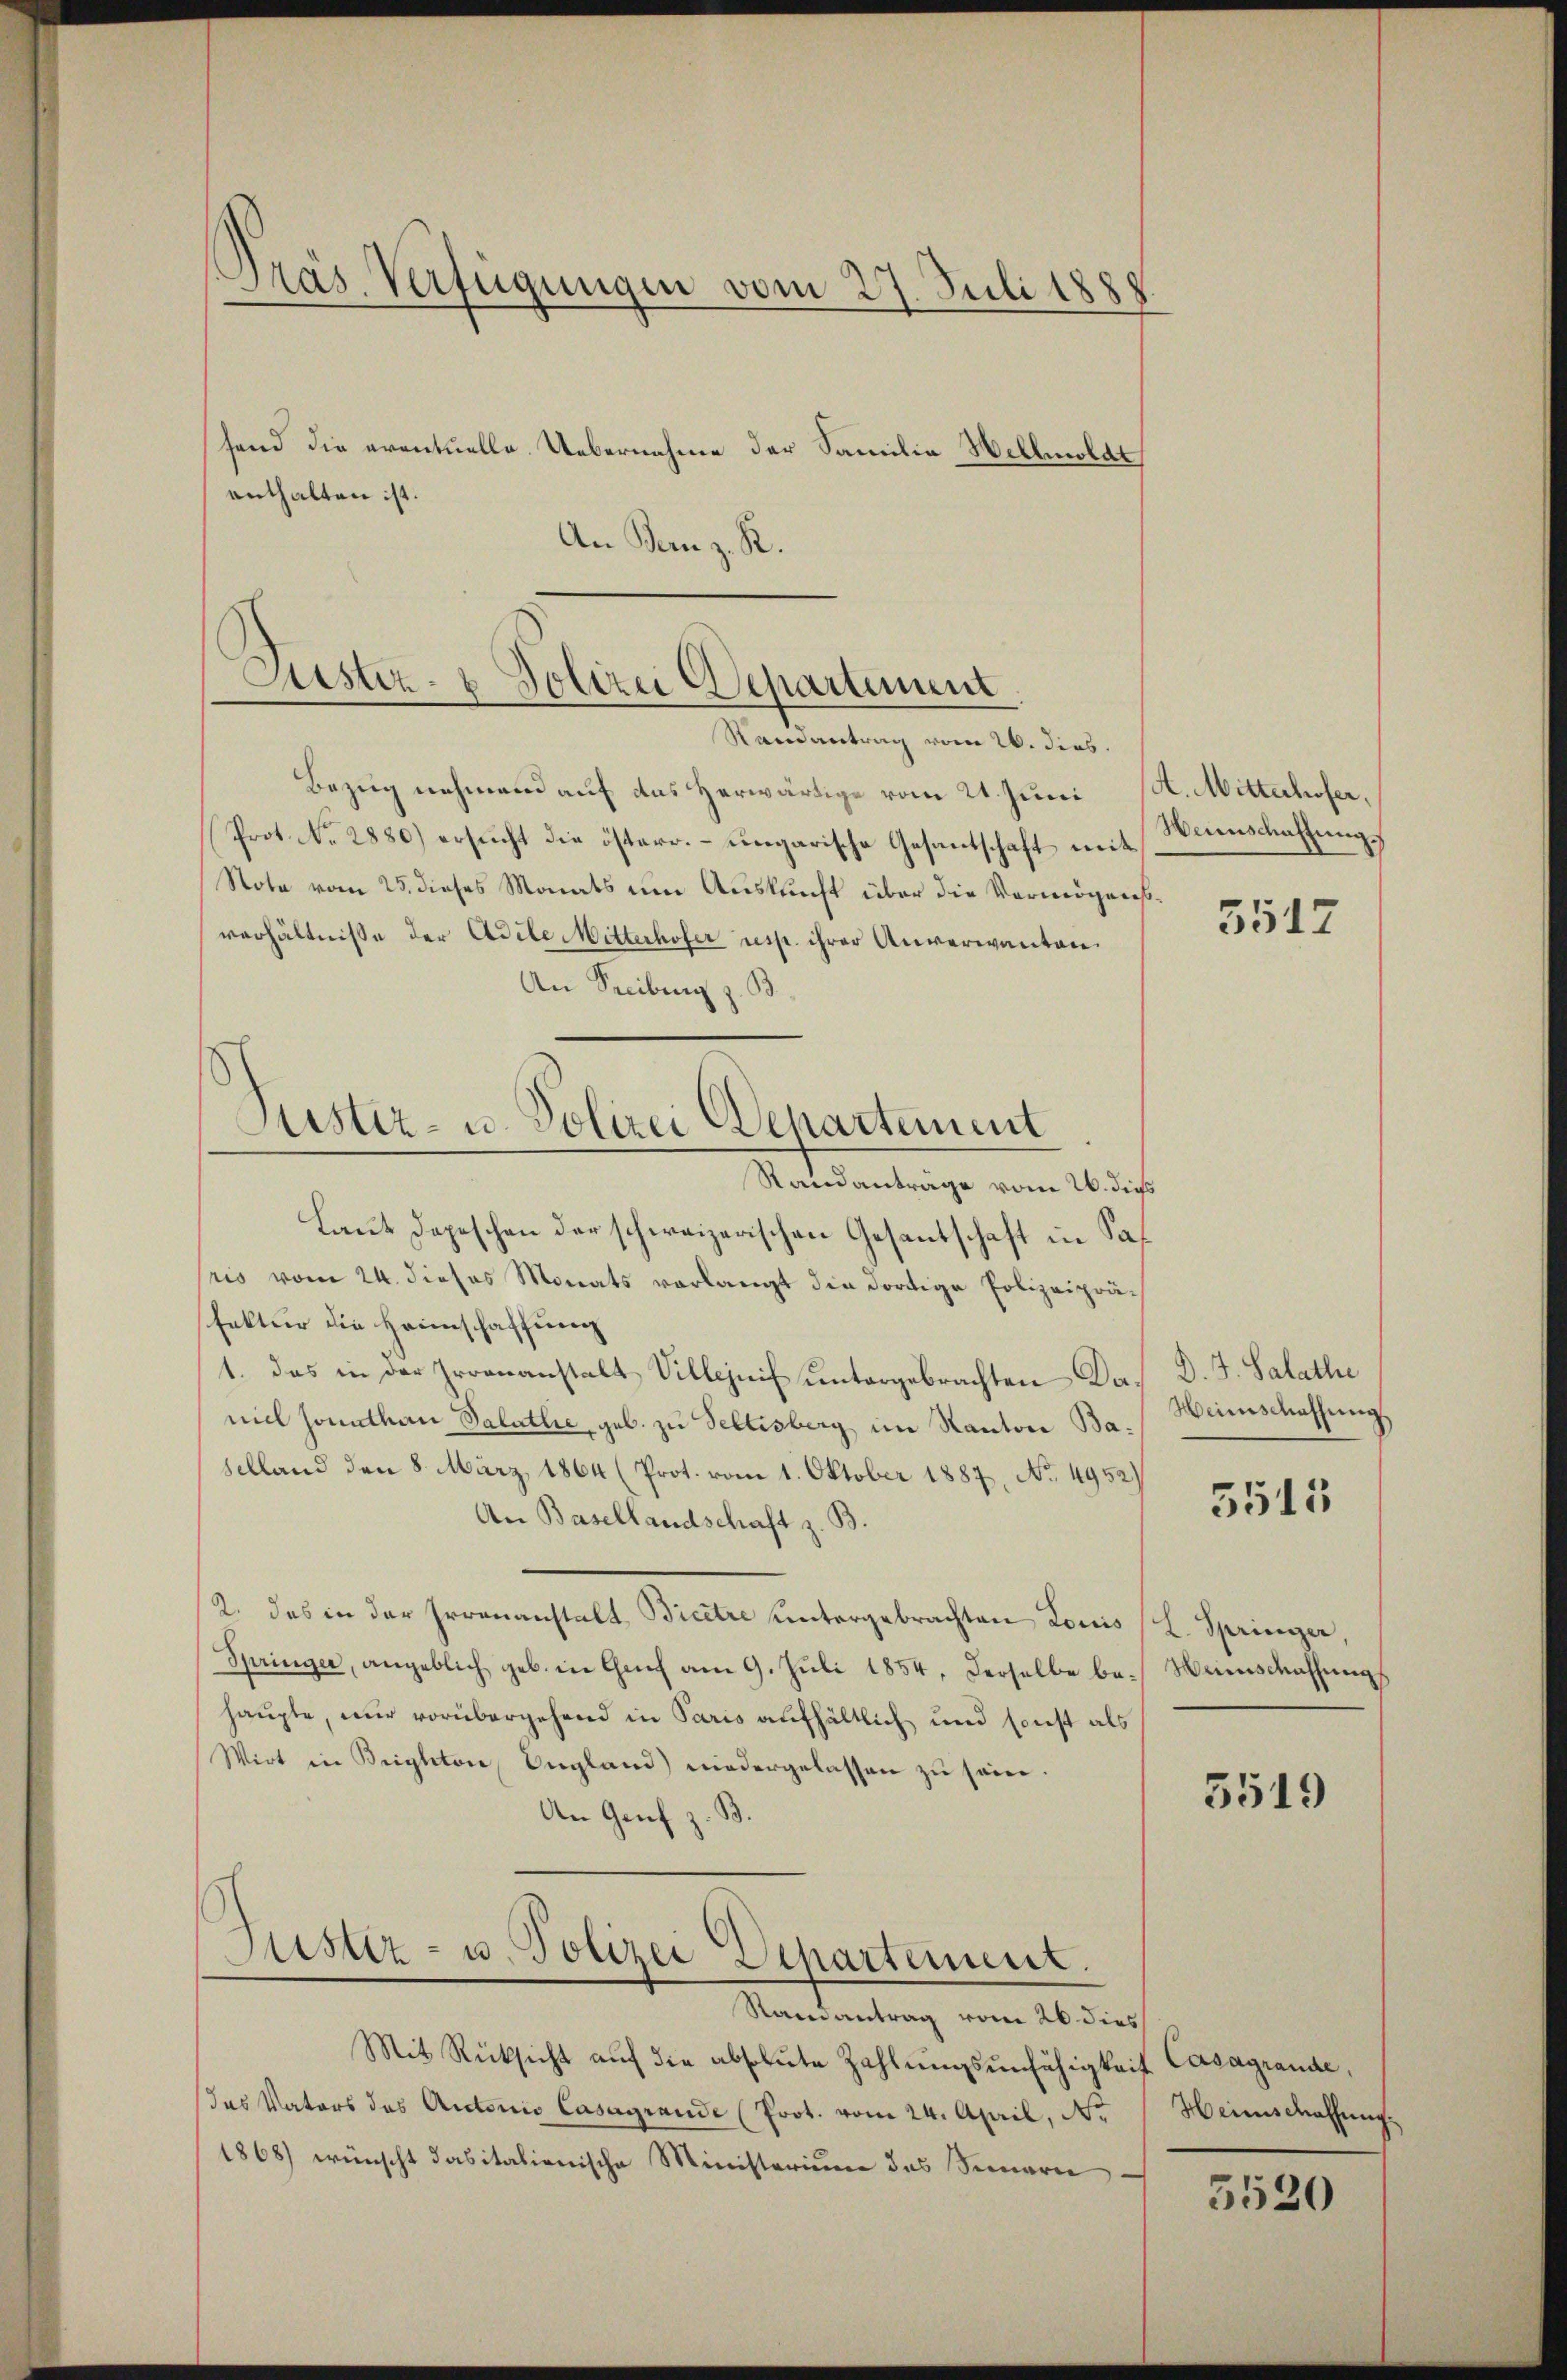
An Bern z. R.

Präs. Verfügungen vom 27. Juli 1888
fend die eventuelle. Uebernahme der Familie Wellmoldt
enthalten ist.

Justiz- & Polizei Departement
Randantrag vom 26. dies

Bezug nehmend auf das Herwärtige vom 21. Juni H. Mitterhofer,
Prot. No. 2880) ersucht die österr. ungarische Gesantschaft mit Weinschaffungs
Note vom 25. dieses Monats um Auskunft über die Vermögensverhältnisse der Adele Mitterhofer resp. ihrer Anverwanten.
An Freiburg z. B.
Randanträge vom 26. dieß
Laut Depeschen der schweizerischen Gesantschaft in Saf
ris vom 24. dieses Monats verlangt die dortige Polizeipräfektur die Heimschaffung
1. Das in der Irrenanstalt Villejnif untergebrachten Das D. J. Salathe
mich sonathan Salatlie, geb. zu Sellisberg im Kanton Ba. Weinschaffung
selland den 8. März 1864 (Prot. vom 1. Oktober 1887, No. 4952)
An Basellandschaft z. B.
2. das in der Irrenanstalt Bicere untergebrachten Louis (L. Springer,
Springer, angeblich geb. in Genf am 9. Jŭli 1854, derselbe be-Weinschaffŭngs
haupte, nur vorübergehend in Paris aufhältlich und sonst als
Wirt in Brighton, England) niedergelassen zu sein.
An Genf z. B.
Justiz- u. Polizei Departement.
Randantrag vom 26. dies
Mit Rücksicht aŭf die absolute Zahlŭngsunfähigkeit Casagrande,
das Vaters des Antonio Casagrande (Prot. vom 24. April, N.  Heimschaffung
1868) wünscht dasitationische Ministerium des Sinnern

Justiz- u. Polizei Departement

5517

5515

5519

5520